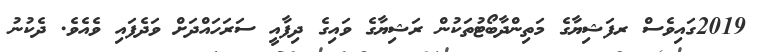
2019ގައިވެސް ރފަޝިޔާގެ މަތިންދާބޯޓުތަކުން ރަޝިޔާގެ ވައިގެ ދިފާއީ ސަރަހައްދަށް ވަދެފައި ވެއެވެ. ދެކުނު